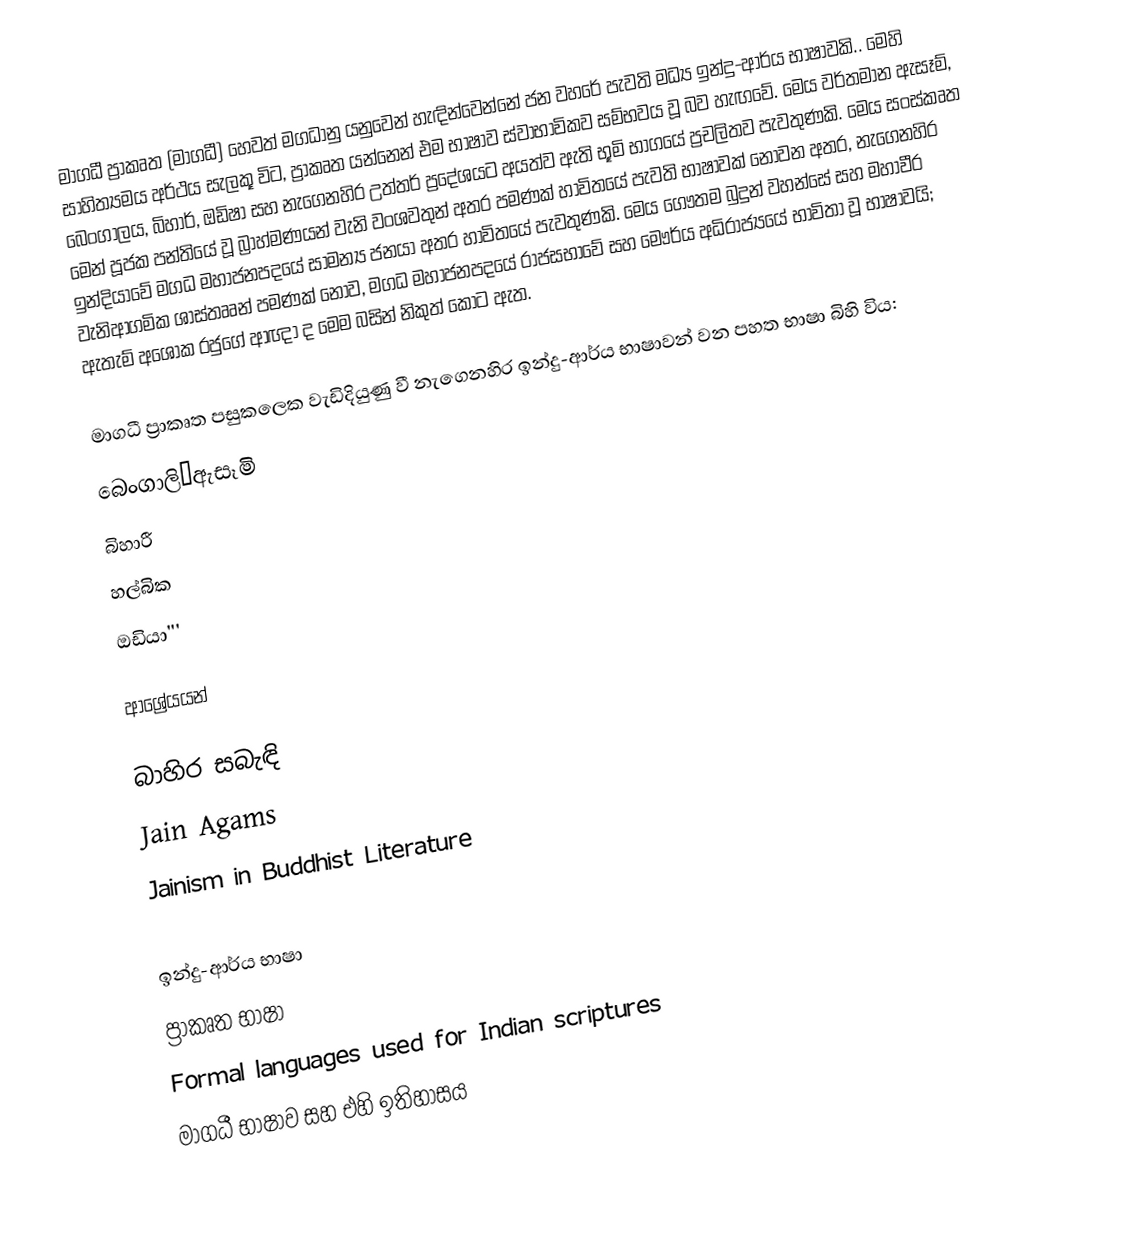
මාගධී ප්‍රාකෘත (මාගධී) හෙවත් මගධානු යනුවෙන් හැඳින්වෙන්නේ ජන වහරේ පැවති මධ්‍ය ඉන්දු-ආර්ය භාෂාවකි.. මෙහි සාහිත්‍යමය අර්ථය සැලකූ විට, ප්‍රාකෘත යන්නෙන් එම භාෂාව ස්වාභාවිකව සම්භවය වූ බව හැඟවේ. මෙය වර්තමාන ඇසෑම්, බෙංගාලය, බිහාර්, ඔඩිෂා සහ නැගෙනහිර උත්තර් ප්‍රදේශයට අයත්ව ඇති භූමි භාගයේ ප්‍රචලිතව පැවතුණකි. මෙය සංස්කෘත මෙන් පූජක පන්තියේ වූ බ්‍රාහ්මණයන් වැනි වංශවතුන් අතර පමණක් හාවිතයේ පැවති භාෂාවක් නොවන අතර, නැගෙනහිර ඉන්දියාවේ මගධ මහාජනපදයේ සාමන්‍ය ජනයා අතර හාවිතයේ පැවතුණකි. මෙය ගෞතම බුදුන් වහන්සේ සහ මහාවීර වැනිආගමික ශාස්තෲන් පමණක් නොව, මගධ මහාජනපදයේ රාජසභාවේ සහ මෞර්ය අධිරාජ්‍යයේ භාවිතා වූ භාෂාවයි; ඇතැම් අශෝක රජුගේ ආඥා ද මෙම බසින් නිකුත් කොට ඇත.

මාගධී ප්‍රාකෘත පසුකලෙක වැඩිදියුණු වී නැගෙනහිර ඉන්දු-ආර්ය භාෂාවන් වන පහත භාෂා බිහි විය:
බෙංගාලි–ඇසෑමි
බිහාරී
හල්බික
ඔඩියා'''

ආශ්‍රේයයන්

බාහිර සබැඳි
 Jain Agams
 Jainism in Buddhist Literature

ඉන්දු-ආර්ය භාෂා
ප්‍රාකෘත භාෂා
Formal languages used for Indian scriptures
මාගධී භාෂාව සහ එහි ඉතිහාසය